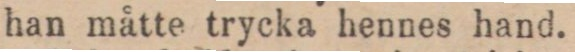
han måtte trycka hennes hand.